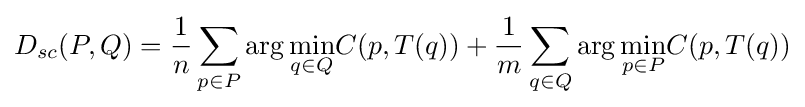
D_{sc}(P,Q)={\frac {1}{n}}\sum _{p\in P}\arg {\underset {q\in Q}{\min }}C(p,T(q))+{\frac {1}{m}}\sum _{q\in Q}\arg {\underset {p\in P}{\min }}C(p,T(q))